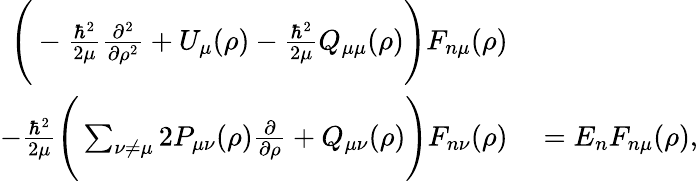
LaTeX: \begin{array}{rl}{\Bigg(-\frac{\hbar^{2}}{2\mu}\frac{\partial^{2}}{\partial\rho^{2}}+U_{\mu}(\rho)-\frac{\hbar^{2}}{2\mu}Q_{\mu\mu}(\rho)\Bigg)F_{n\mu}(\rho)}&{{}}\\ {-\frac{\hbar^{2}}{2\mu}\Bigg(\sum_{\nu\neq\mu}2P_{\mu\nu}(\rho)\frac{\partial}{\partial\rho}+Q_{\mu\nu}(\rho)\Bigg)F_{n\nu}(\rho)}&{{}=E_{n}F_{n\mu}(\rho),}\end{array}